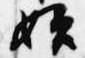
始